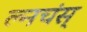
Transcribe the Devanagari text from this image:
ल्नचंस्